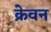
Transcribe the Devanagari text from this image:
क्रेवन